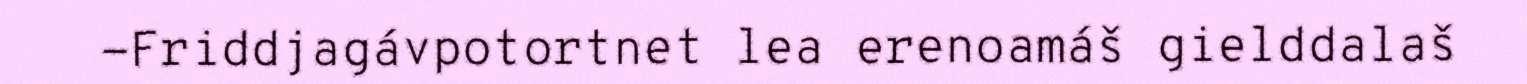
-Friddjagávpotortnet lea erenoamáš gielddalaš